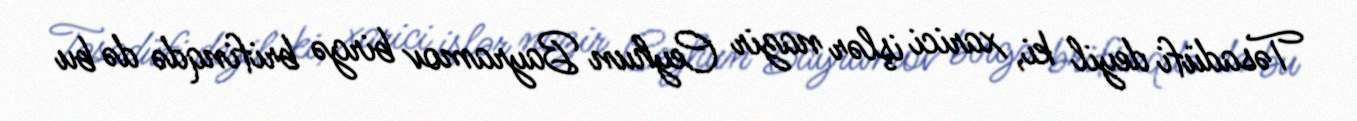
Təsadüfi deyil ki, xarici işlər nazir Ceyhun Bayramov birgə brifinqdə də bu